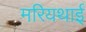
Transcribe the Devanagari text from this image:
मरियथाई